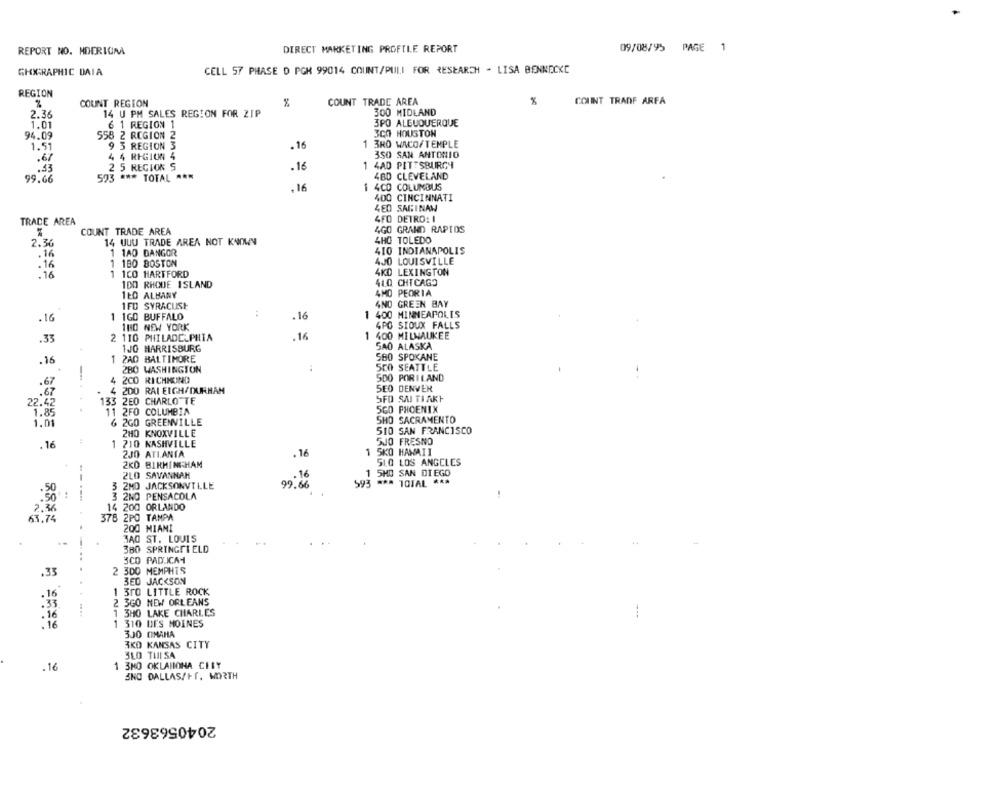
DIRECT MARKETING PROFTLE REPORT
09/08/95 PAGE
REPORT NO. HDERICA
GHIGRAPHIC DATA
CELL 57 PHASE D PGK 99014 COUNT/PULI FOR RESEARCH - LISA BENNECKC
REGION
COUNT REGION
COUNT TRADE AREA
%
COUNT TRANF ARFA
300 MIDLAND
2.36
14 U PM SALES REGION FOR ZIP
1.01
6 1 REGION 1
3PO ALBUQUERQUE
94.09
558 2 REGION 2
300 HOUSTON
1 3RO WACO/TEMPLE
1.51
3 REGION 3
.16
.67
. 4 REGION 4
350 SAN ANTONIO
.53
2 5 REGION S
.16
1
4AD PITTSBURGH
480 CLEVELAND
99.66
593 *** TOTAL ***
.16
1 4CD COLUMBUS
400 CINCINNATI
4E0 SAGINAW
TRADE AREA
4FO DETRO: I
COUNT TRADE AREA
4GO GRAND RAPIDS
2.36
14 UUU TRADE AREA NOT KNOWN
4HO TOLEDO
.16
1 1A0 BANGOR
410 INDIANAPOLIS
1 180 BOSTON
4JO LOUISVILLE
.16
.16
1 1CO HARTFORD
4KD LEXINGTON
100 RHODE ISLAND
41.0 CHICAGO
4MO PEORIA
1ŁO ALBANY
1FD SYRACUSE
AND GREEN BAY
1 1GO BUFFALO
.16
1 400 MINNEAPOLIS
.16
4PO SIOUX FALLS
THO NEW YORK
.33
2 110 PHILADELPHIA
.16
1 400 MILNAUKEE
1JO HARRISBURG
SAO ALASKA
580 SPOKANE
.16
1 2AD BALTIMORE
280 WASHINGTON
500 SEATTLE
4 2CO RICHMOND
500 PORILAND
SEO DENVER
.
4 200 RAI EIGH/DURHAM
22.42
133 2E0 CHARLOTTE
SFO SAI TIAKY
1.85
11 2FO COLUMBIA
5GO PHOENIX
SHO SACRAMENTO
1.01
6 2GO GREENVILLE
2HO KNOXVILLE
510 SAN FRANCISCO
.16
1
710 NASHVILLE
SJO FRESNO
. 16
1 SKO HAWAII
2JO ATLANTA
2KD BIRMINGHAM
510 LOS ANGELES
2LO SAVANNAH
.16
I SHO SAN DIEGO
--
593 *** TOTAL ***
.50
3 2MD JACKSONVILLE
99.66
.50:
3 2NO PENSACOLA
14 200 ORLANDO
7.36
63.74
378 2PO TAMPA
200 MIAMI
3AO ST. LOUIS
380 SPRINGFIELD
3CD PAD.ICA
.33
.
2 300 MEMPHIS
3ED JACKSON
.16
1 300 LITTLE ROCK
2 3GO NEW ORLEANS
.33
.16
1 3HO LAKE CHARLES
.16
1 310 DES MOINES
330 CIMAHA
AKO KANSAS CITY
3LO THI SA
1 3HO OKLAHOMA CITY
.16
SNO DALLAS/FT. WORTH
2040563632